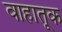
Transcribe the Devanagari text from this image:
वाहातूक